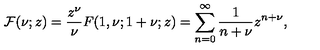
{ \cal F } ( \nu ; z ) = \frac { z ^ { \nu } } { \nu } F ( 1 , \nu ; 1 + \nu ; z ) = \sum _ { n = 0 } ^ { \infty } \frac { 1 } { n + \nu } z ^ { n + \nu } ,